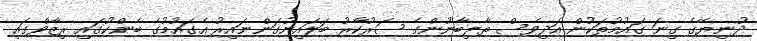
ދުނިޔޭގެ ގިނަ ގައުމުތަކުން އަދިވެސް ތާލިބާނުންގެ ސަރުކާރު ބަލައިނުގަންނައިރު އެގައުމުގެ ބެންކުގައި ރިޒާވްގައި